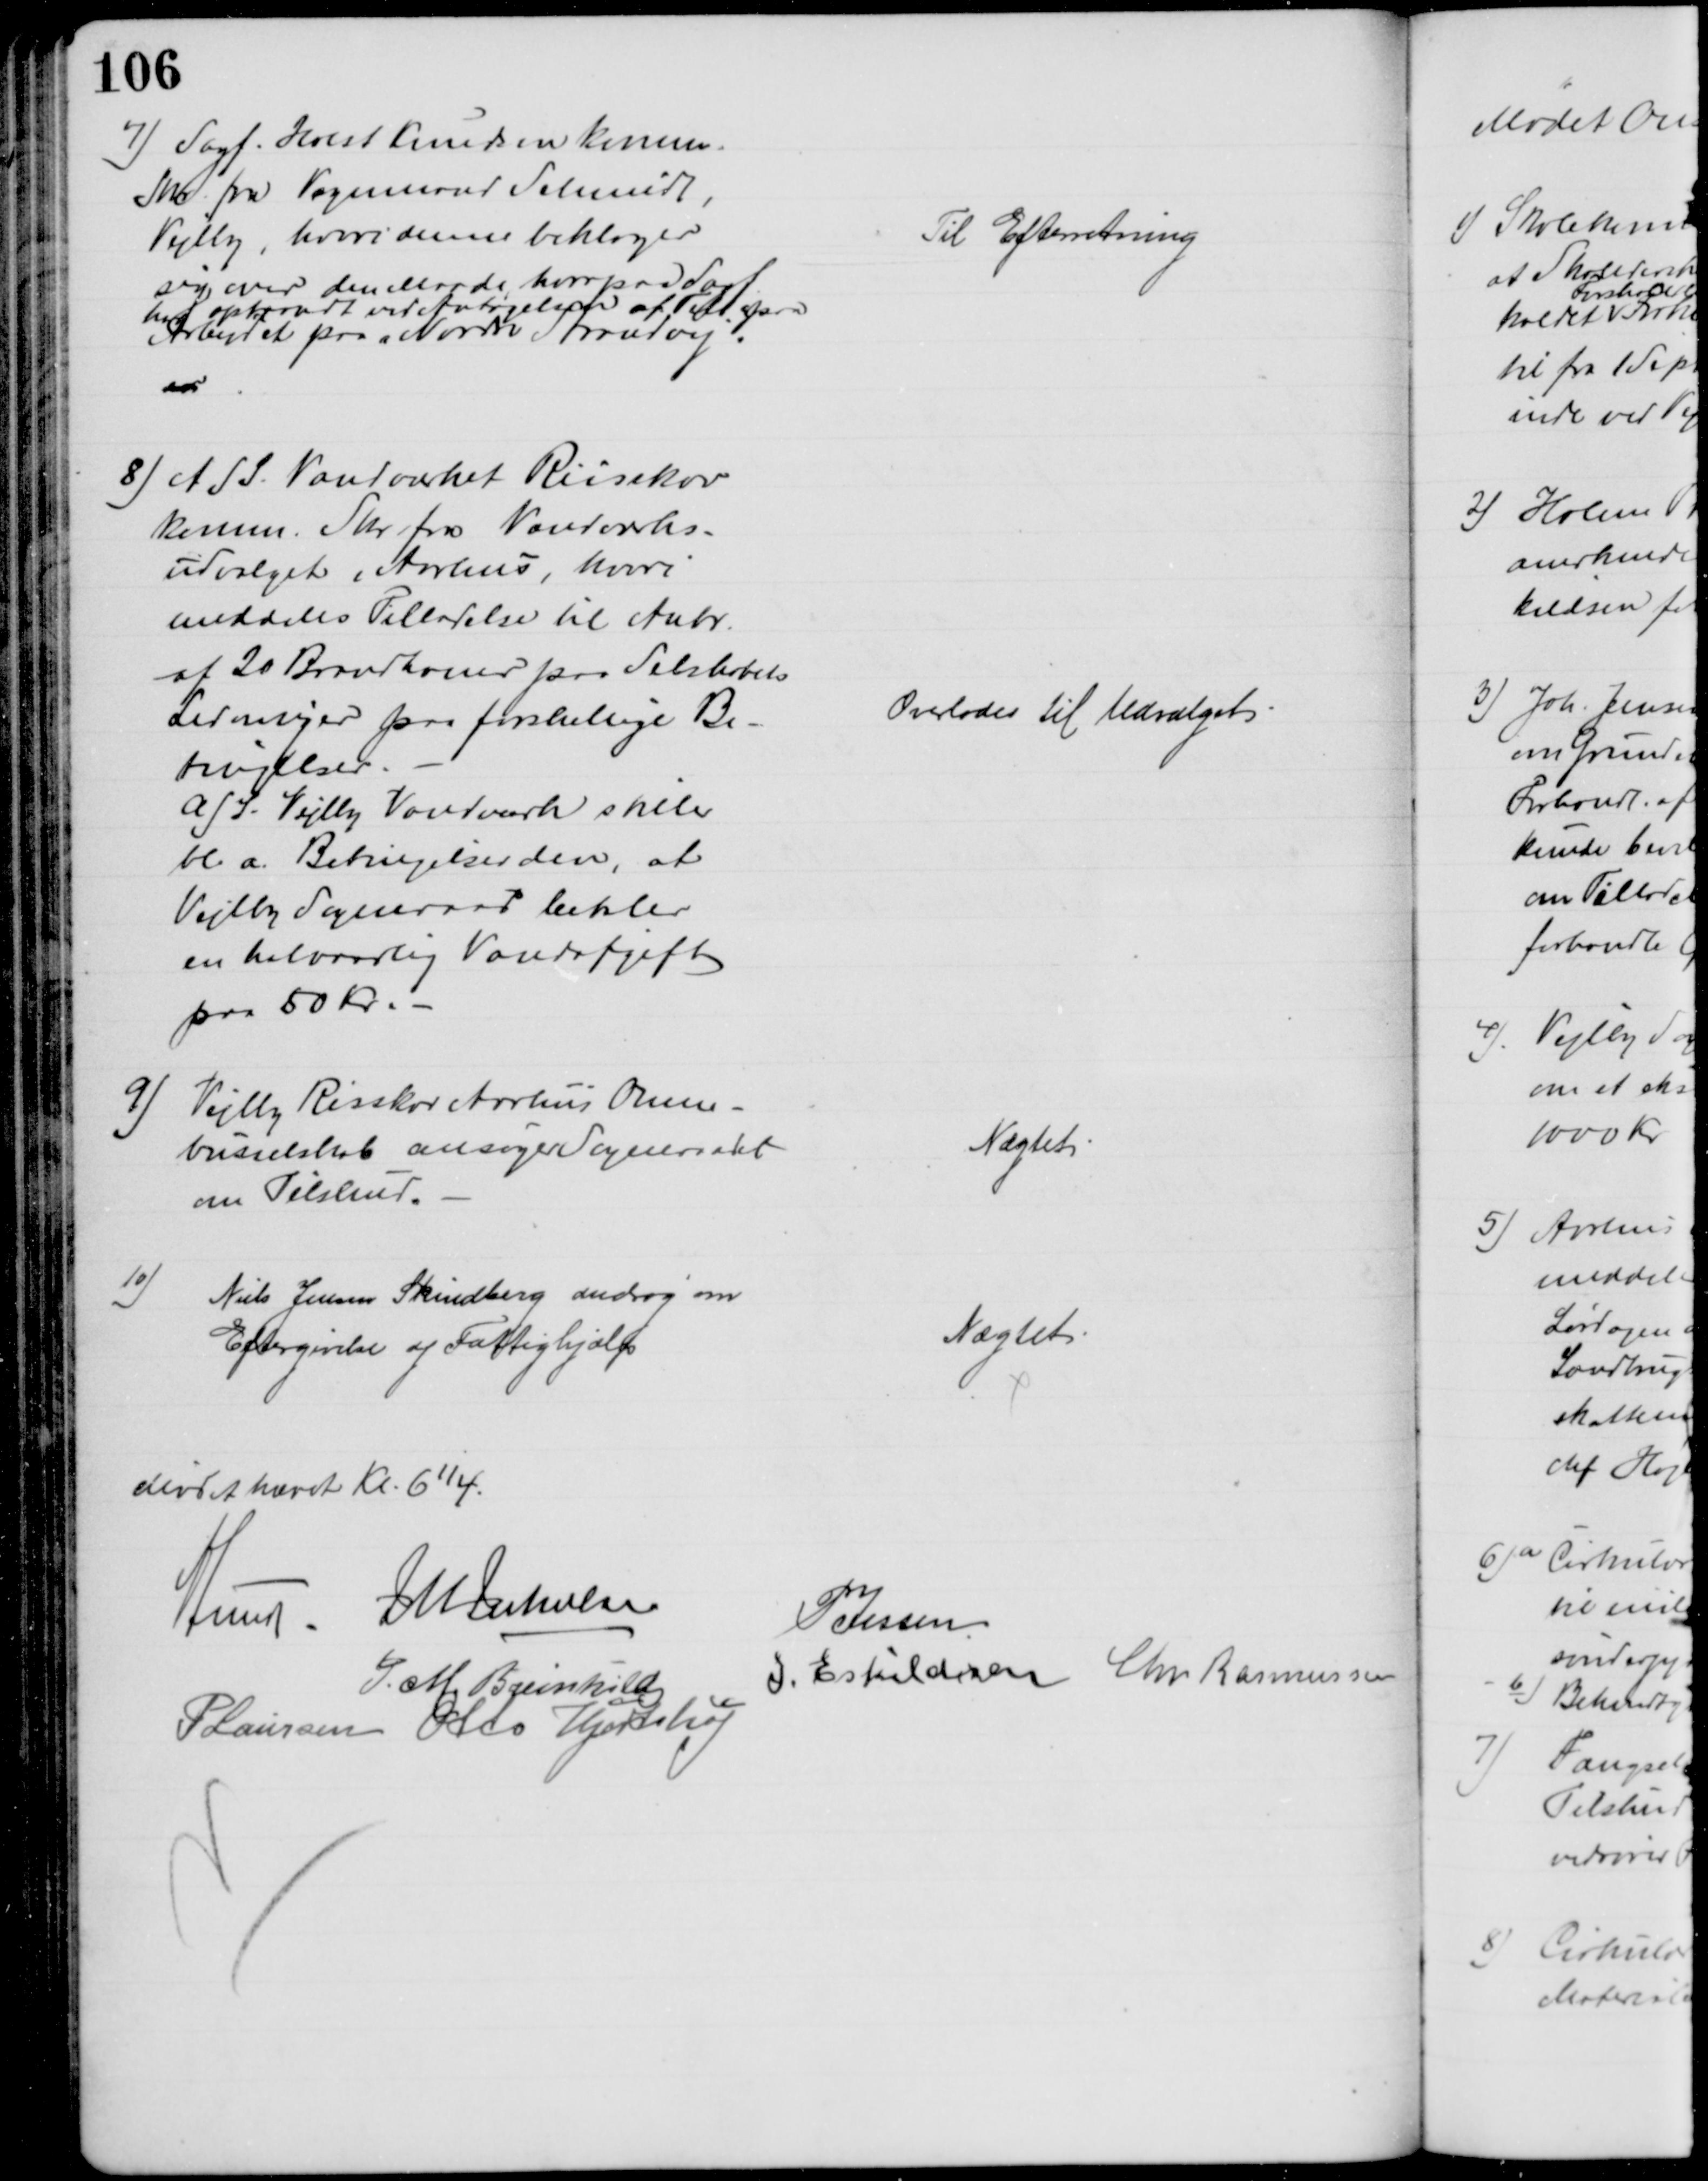
Transskription:
7) Sagf. Holst Knudsen komm.
Skr. fra Vognmand Schmidt,
Vejlby, hvori denne beklager
sig over den Maade, hvorpaa Sagf
har optraadt ved Antagelsen af Tilb. paa
Arbejdet paa „Nordre Strandvej
en
Til Efterretning
8) A/S. Vandværket Riisskov
komm. Skr. fra Vandværks-
udvalget i Aarhus, hvori
meddeles Tilladelse til Anbr.
af 20 Brandhaner paa Selskabets
Ledninger paa forskellige Be-
tingelser
A/S Vejlby Vandværk stiller
bl.a. Betingelser om, at
Vejlby Sogneraad betaler
en halvaarlig Vandafgift
paa 50 Kr
Overlodes til Udvalget
9) Vejlby Risskov Aarhus Omni-
busselskab ansøger Sogneraadet
om Tilskud.
Nægtet.
10)
Niels Jensen Skindberg androg om
Eftergivelse af Fattighjælp
Nægtet
Mødet hævet Kl. 6¼.
A Lund 
J M Jakobsen
P Jessen
J. M. Breinhild
J. Eskildsen
Chr Rasmussen
P Laursen Otto Hjortshøj